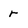
Character: r